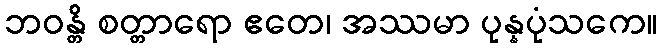
ဘဝန္တိ စတ္တာရော ဧတေ၊ အဿမာ ပုန္နပုံသကေ။